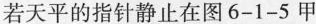
若天平的指针静止在图6-1-5甲